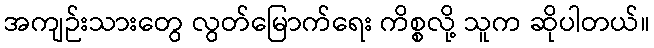
အကျဉ်းသားတွေ လွတ်မြောက်ရေး ကိစ္စလို့ သူက ဆိုပါတယ်။